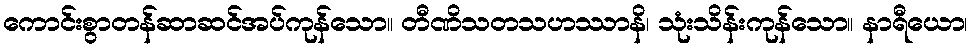
ကောင်းစွာတန်ဆာဆင်အပ်ကုန်သော။ တီဏိသတသဟဿာနိ၊ သုံးသိန်းကုန်သော။ နာရီယော၊